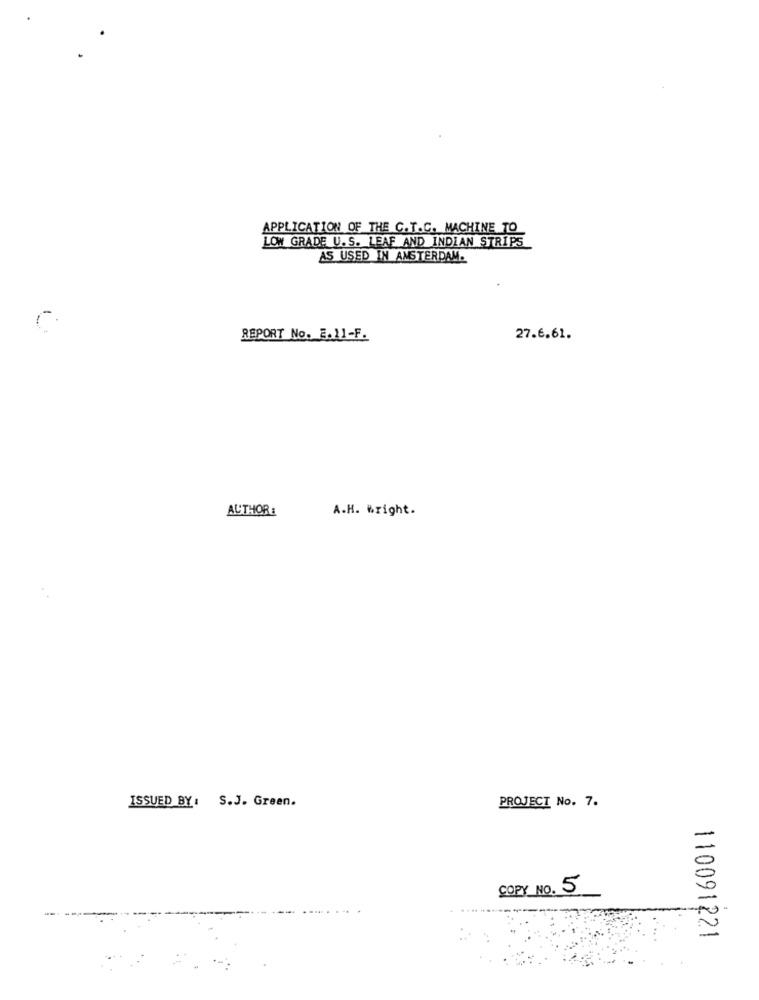
APPLICATION OF THE C.T.C. MACHINE TO
LOW GRADE U.S. LEAF AND INDIAN STRIPS
AS USED IN AMSTERDAM.
REPORT No. E. 11-F.
27.6.61.
AUTHOR:
A.H. #right.
ISSUED BY: S.J. Green.
PROJECT No. 7.
COPY NO. 5
110091221